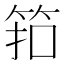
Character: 筘